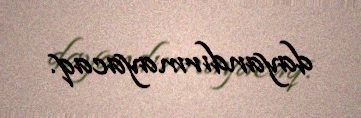
dayandırmayacaq.